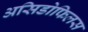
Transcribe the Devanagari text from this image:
असिडोफिलस